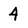
Character: 4